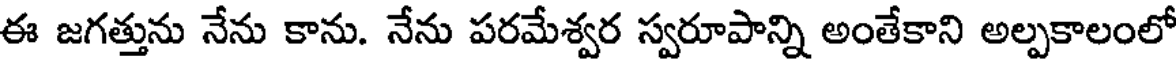
ఈ జగత్తును నేను కాను. నేను పరమేశ్వర స్వరూపాన్ని అంతేకాని అల్పకాలంలో